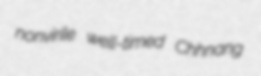
nonvirile well-timed Chhnang